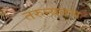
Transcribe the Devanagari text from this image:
तरुन्यतच